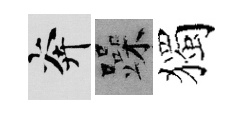
奔躁獨